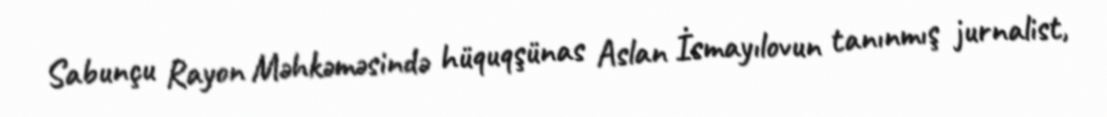
Sabunçu Rayon Məhkəməsində hüquqşünas Aslan İsmayılovun tanınmış jurnalist,